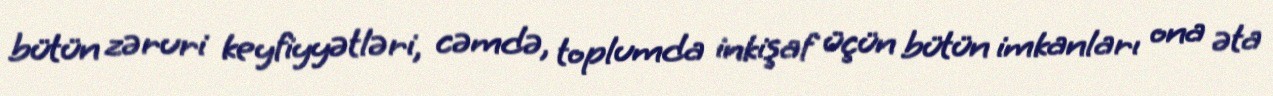
bütün zəruri keyfiyyətləri, cəmdə, toplumda inkişaf üçün bütün imkanları ona əta